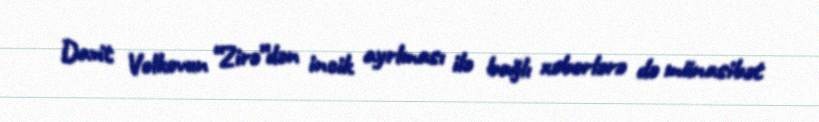
Davit Volkovun “Zirə”dən incik ayrlması ilə bağlı xəbərlərə də münasibət